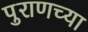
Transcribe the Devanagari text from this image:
पुराणच्या